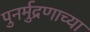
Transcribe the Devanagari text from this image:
पुनर्मुद्रणाच्या